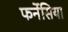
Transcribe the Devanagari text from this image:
फर्नेसिया